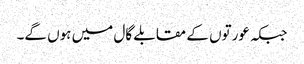
جبکہ عورتوں کے مقابلے گال میں ہوں گے۔